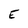
Character: E